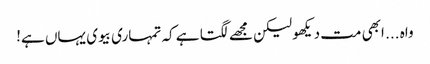
واہ ... ابھی مت دیکھو لیکن مجھے لگتا ہے کہ تمہاری بیوی یہاں ہے!